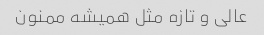
عالی و تازه مثل همیشه ممنون